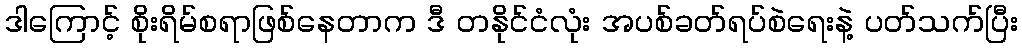
ဒါကြောင့် စိုးရိမ်စရာဖြစ်နေတာက ဒီ တနိုင်ငံလုံး အပစ်ခတ်ရပ်စဲရေးနဲ့ ပတ်သက်ပြီး